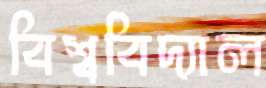
বিশ্ববিদ্যাল